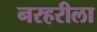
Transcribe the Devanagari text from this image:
नरहरीला